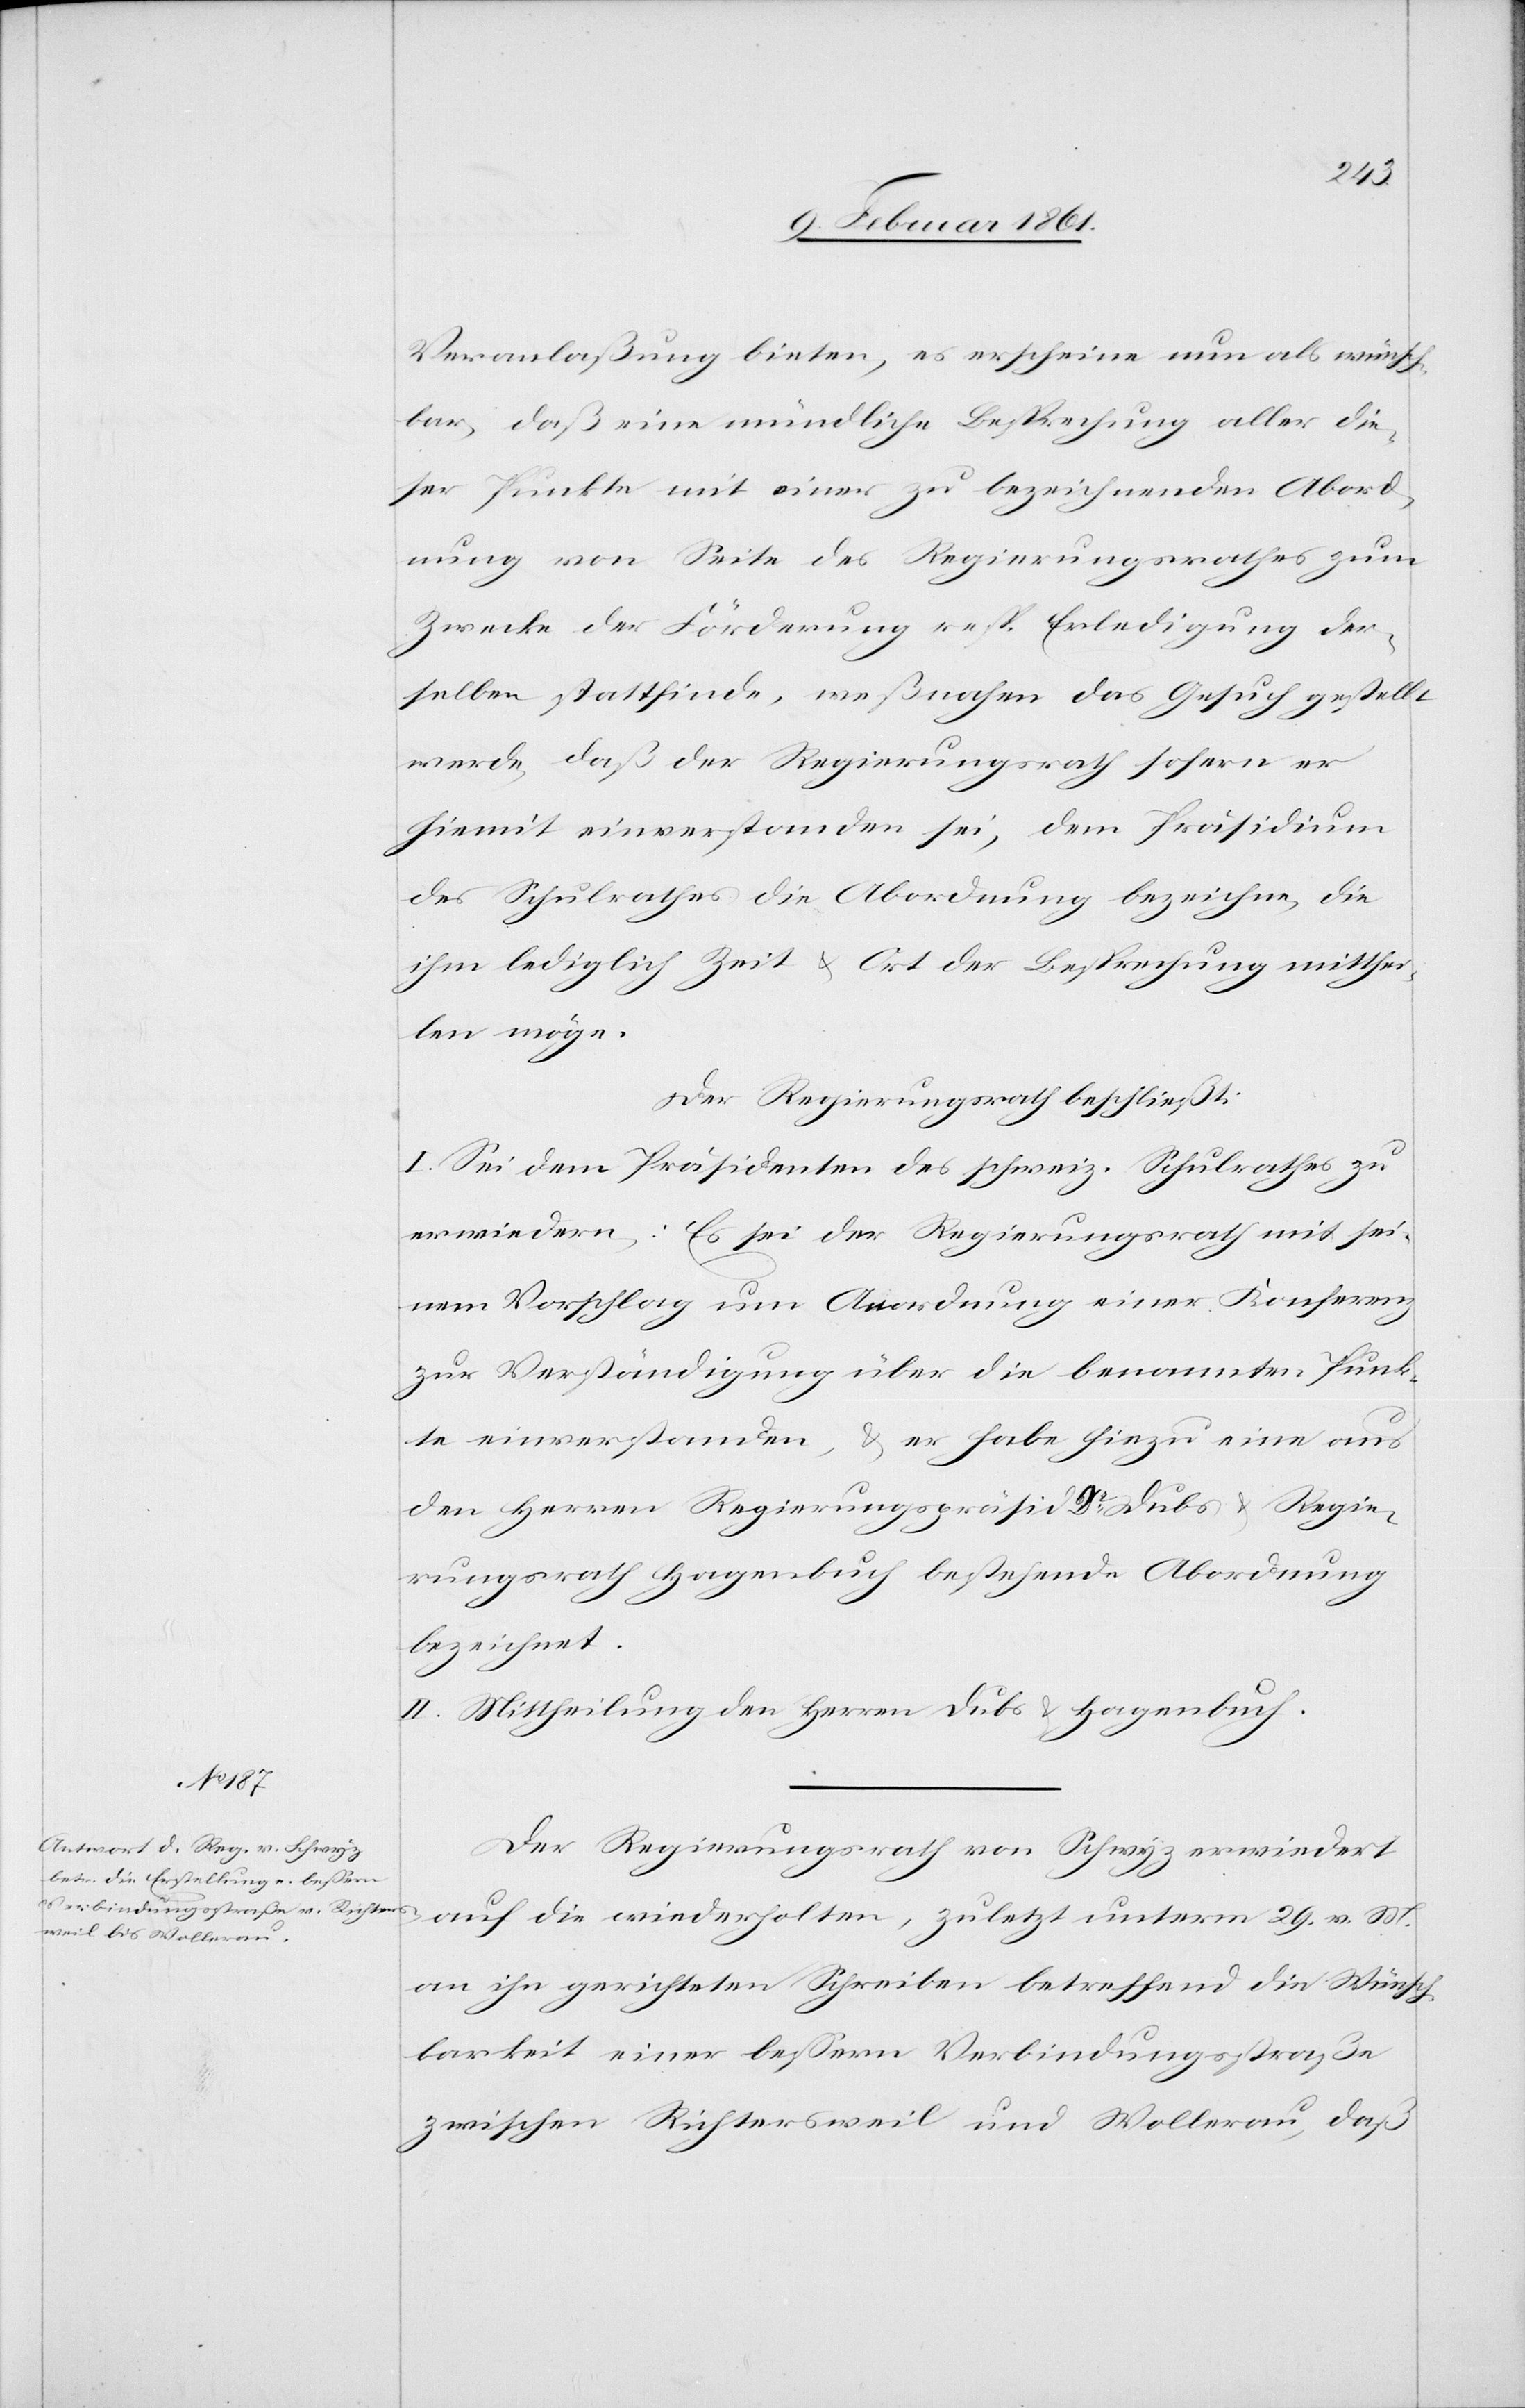
M.
Veranlaßung bieten, es erscheine nun als wünsch¬
bar, daß eine mündliche Besprechung aller die¬
ser Punkte mit einer zu bezeichnenden Abord¬
nung von Seite des Regierungsrathes zum
Zwecke der Förderung resp. Erledigung der¬
selben stattfinde, weßnahen das Gesuch gestellt
werde, daß der Regierungsrath sofern er
hiemit einverstanden sei, dem Präsidium
des Schulrathes die Abordnung bezeichne, die
ihm lediglich Zeit u. Ort der Besprechung mitthei¬
len möge.
Der Regierungsrath beschließt:
I. Sei dem Präsidenten des schweiz. Schulrathes zu
erwiedern: Es sei der Regierungsrath mit sei¬
nem Vorschlag um Anordnung einer Konferenz
zur Verständigung über die benannten Punk¬
te einverstanden, u. er habe hiezu eine aus
den Herren Regierungspräsid. Dr. Dubs u. Regie¬
rungsrath Hagenbuch bestehende Abordnung
bezeichnet.
II. Mittheilung den Herren Dubs u. Hagenbuch.
Der Regierungsrath von Schwyz erwiedert
an ihn gerichteten Schreiben betreffend die Wünsch¬
barkeit einer bessern Verbindungsstraße
zwischen Richtersweil und Wollerau, daß